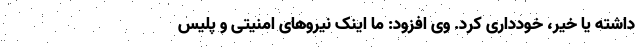
داشته یا خیر، خودداری کرد. وی افزود: ما اینک نیروهای امنیتی و پلیس